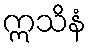
ဣသိနံ